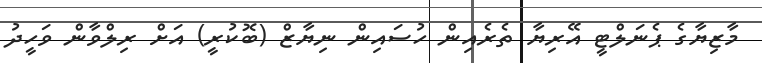
މާޒިޔާގެ ޕެނަލްޓީ އޭރިޔާ ތެރެއިން ހުސައިން ނިޔާޒް (ބޮކުރީ) އަށް ރިލްވާން ވަހީދު